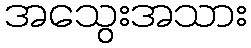
အသွေးအသား